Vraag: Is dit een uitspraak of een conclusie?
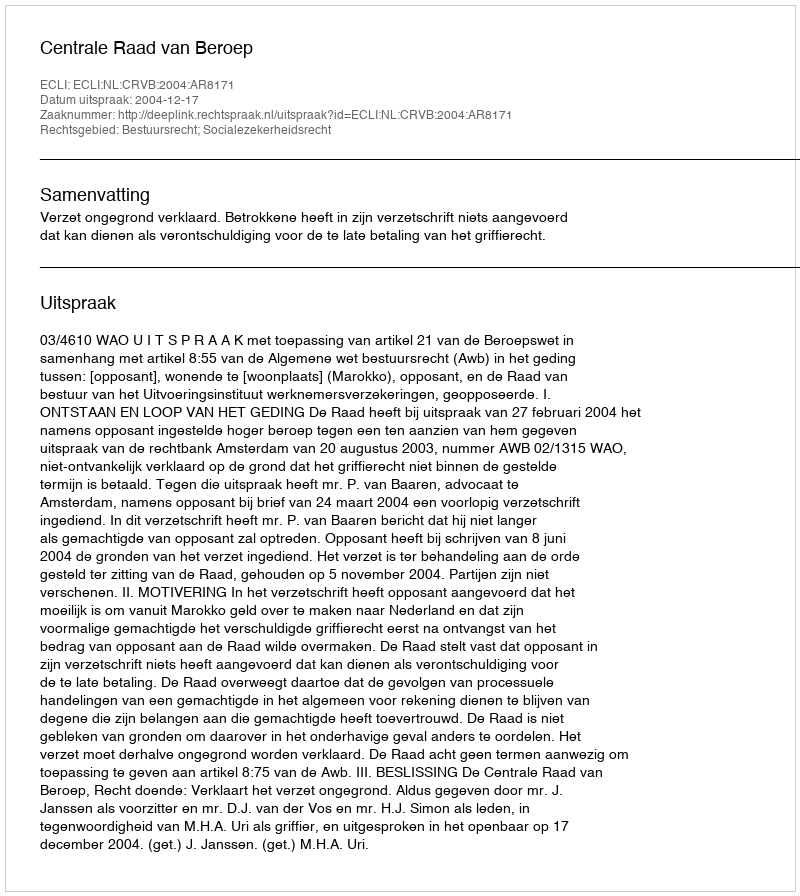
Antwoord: Uitspraak